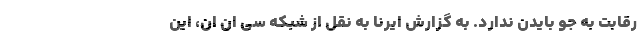
رقابت به جو بایدن ندارد. به گزارش ایرنا به نقل از شبکه سی ان ان، این